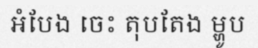
អំបែង ចេះ តុបតែង ម្ហូប